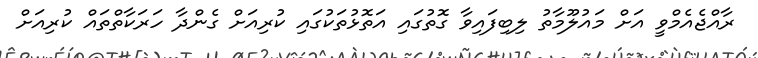
ރާއްޖެއެމްވީ އަށް މައުލޫމާތު ލިބިފައިވާ ގޮތުގައި އަތޮޅުތަކުގައި ކުރިއަށް ގެންދާ ހަރަކާތްތައް ކުރިއަށް